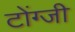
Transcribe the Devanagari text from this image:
टोंग्जी